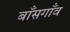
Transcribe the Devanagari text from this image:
बाँसगाँव